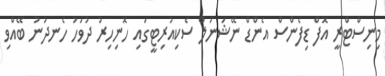
މިނިސްޓްރީ އޮފް ޑިފެންސް އެންޑް ނޭޝަނަލް ސެކިއުރިޓީގައި ހޮނިހިރު ދުވަހު ހެނދުނު ބޭއްވި